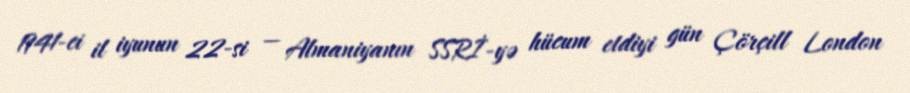
1941-ci il iyunun 22-si — Almaniyanın SSRİ-yə hücum etdiyi gün Çörçill London